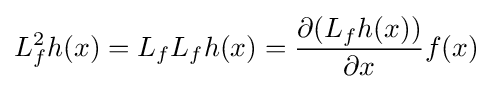
L_{f}^{2}h(x)=L_{f}L_{f}h(x)={\frac {\partial (L_{f}h(x))}{\partial x}}f(x)